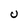
Character: U